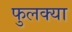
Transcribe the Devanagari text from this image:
फुलक्या